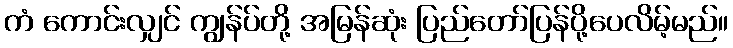
ကံ ကောင်းလျှင် ကျွန်ပ်တို့ အမြန်ဆုံး ပြည်တော်ပြန်ပို့ပေလိမ့်မည်။